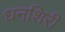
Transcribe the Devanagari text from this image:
धनशिरी